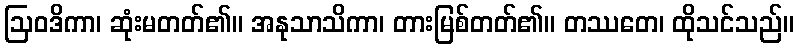
ဩဝဒိကာ၊ ဆုံးမတတ်၏။ အနုသာသိကာ၊ တားမြစ်တတ်၏။ တဿတေ၊ ထိုသင်သည်။